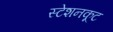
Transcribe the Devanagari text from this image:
स्टेशनकूट